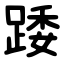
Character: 踒